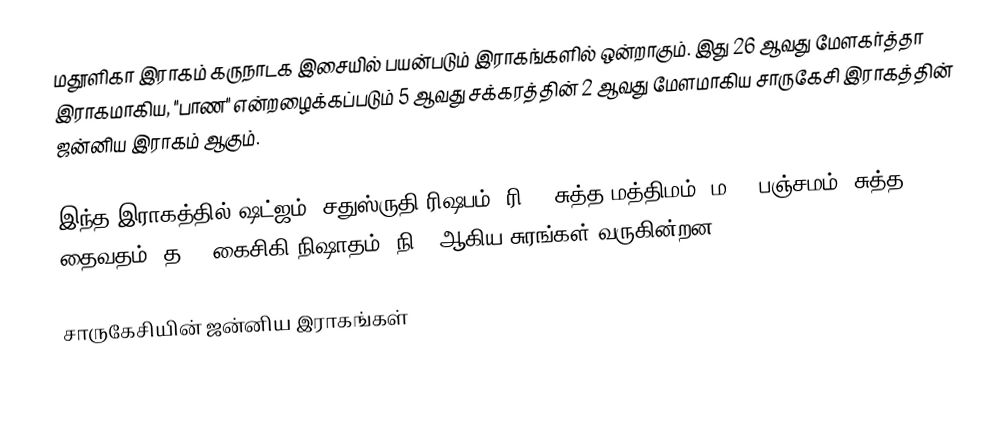
மதூளிகா இராகம் கருநாடக இசையில் பயன்படும் இராகங்களில் ஒன்றாகும். இது 26 ஆவது மேளகர்த்தா இராகமாகிய, "பாண" என்றழைக்கப்படும் 5 ஆவது சக்கரத்தின் 2 ஆவது மேளமாகிய சாருகேசி இராகத்தின் ஜன்னிய இராகம் ஆகும்.

இந்த இராகத்தில் ஷட்ஜம், சதுஸ்ருதி ரிஷபம் (ரி2),  சுத்த மத்திமம் (ம1), பஞ்சமம், சுத்த தைவதம் (த1), கைசிகி நிஷாதம்  (நி2) ஆகிய சுரங்கள் வருகின்றன.

சாருகேசியின் ஜன்னிய இராகங்கள்